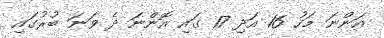
އަންނަ މަހު 16 އަދި 17 ގައި އޮންނަ ދެ ވަނަ ބުރުގައި